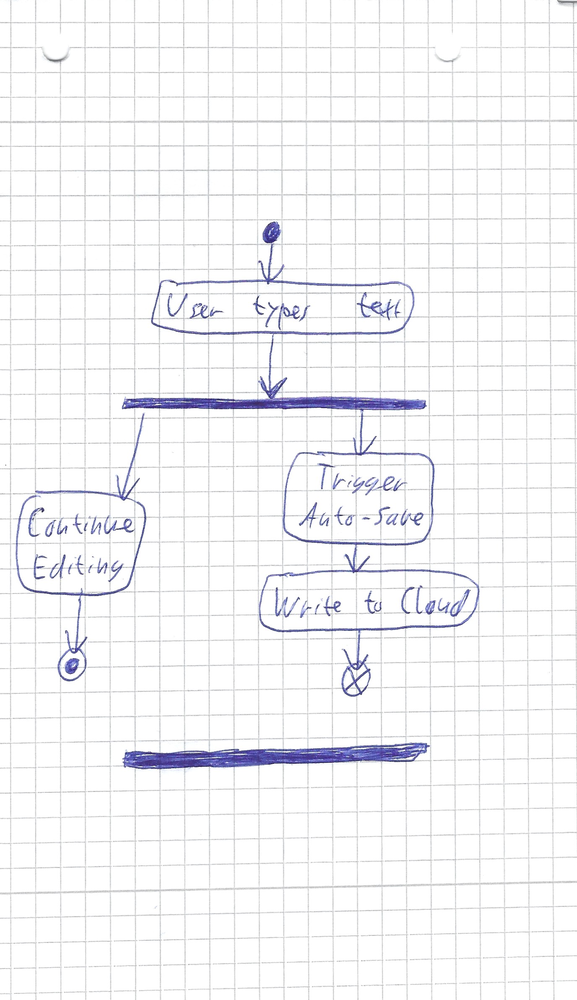
Diagram type: activity_diagram
```plantuml
@startuml

start
:User types text;
fork
  :Continue Editing;
  stop
fork again
  :Trigger Auto-Save;
  :Write to Cloud;
  end
end fork

@enduml
```